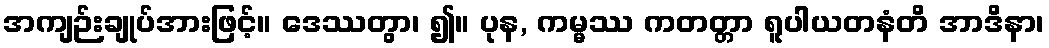
အကျဉ်းချုပ်အားဖြင့်။ ဒေဿတွာ၊ ၍။ ပုန, ကမ္မဿ ကတတ္တာ ရူပါယတနံတိ အာဒိနာ၊